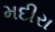
મદીરા